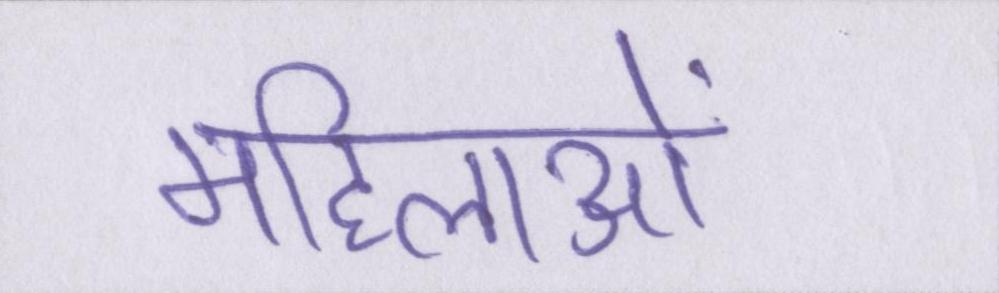
महिलाओं